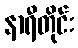
နာရီတိုင်း